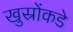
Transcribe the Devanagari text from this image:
खुस्रोंकडे